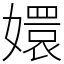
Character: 嬛